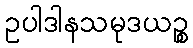
ဥပါဒါနသမုဒယဉ္စ